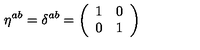
\eta ^ { a b } = \delta ^ { a b } = \left( \begin{array} { c c } { 1 } & { 0 } \\ { 0 } & { 1 } \\ \end{array} \right)